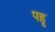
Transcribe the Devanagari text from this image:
पहृ